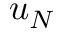
u _ { N }